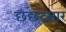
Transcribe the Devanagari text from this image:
छछंदसार